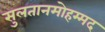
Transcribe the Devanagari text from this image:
सुलतानमोहम्मद